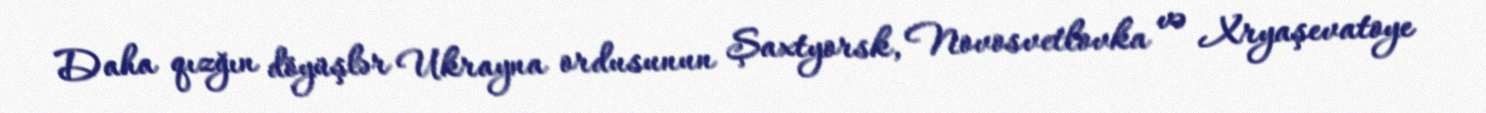
Daha qızğın döyüşlər Ukrayna ordusunun Şaxtyorsk, Novosvetlovka və Xryaşevatoye